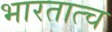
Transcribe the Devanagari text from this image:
भारतात्च